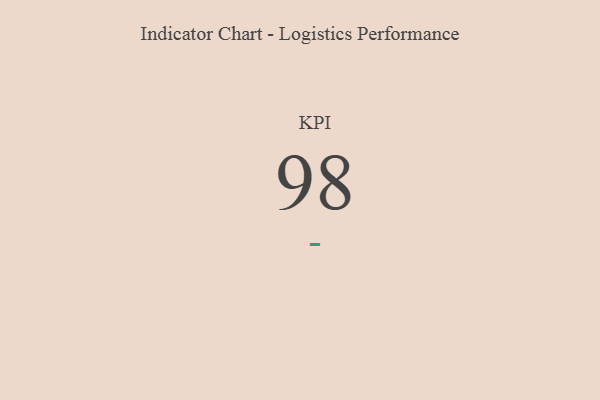
{"axis": {"x": "KPI", "y": "Value"}, "legend": [""], "data": [{"x": "KPI", "y": 98, "type": ""}]}